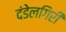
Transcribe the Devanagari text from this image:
दंडेलगिरी